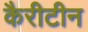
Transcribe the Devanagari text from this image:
कैरीटीन